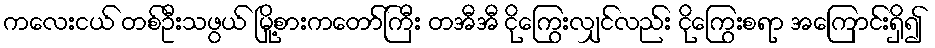
ကလေးငယ် တစ်ဦးသဖွယ် မြို့စားကတော်ကြီး တအီအီ ငိုကြွေးလျှင်လည်း ငိုကြွေးစရာ အကြောင်းရှိ၍